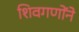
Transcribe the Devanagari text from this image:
शिवगणोंने